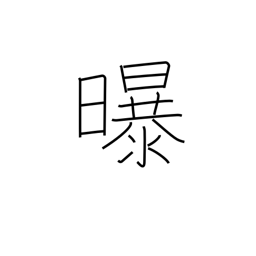
Meaning: air